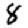
Digit: 8